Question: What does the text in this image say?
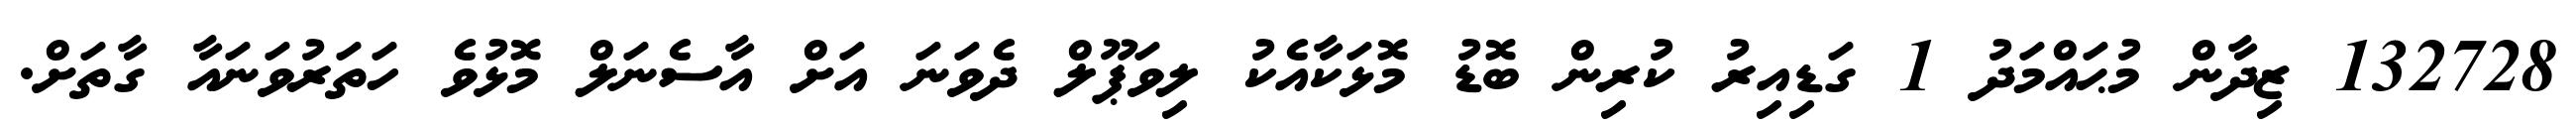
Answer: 132728 ޒިދާން މުޙައްމަދު 1 ގަޑިއިރު ކުރިން ބޮޑު މޮޅަކާއެކު ލިވަޕޫލް ދެވަނަ އަށް އާސެނަލް މޮޅުވެ ހަތަރުވަނައާ ގާތަށް.